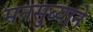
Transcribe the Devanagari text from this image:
मनसुब्याने